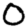
Digit: 0